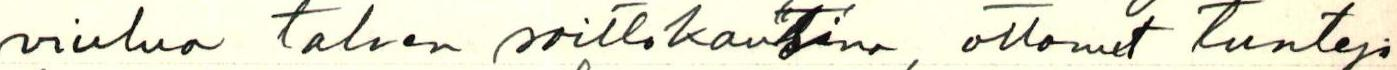
viulua talven soittokausina, ottanut tunteja